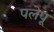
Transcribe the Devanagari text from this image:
पलेपू